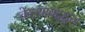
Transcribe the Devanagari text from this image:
केल्याबद्द्ल